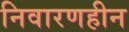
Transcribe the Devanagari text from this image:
निवारणहीन